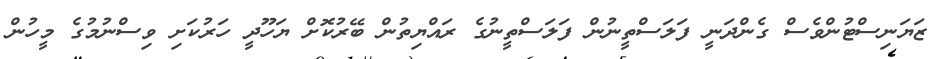
ޒަޔަނިސްޓުންވެސް ގެންދަނީ ފަލަސްތީނުން ފަލަސްތީނުގެ ރައްޔިތުން ބޭރުކޮށް ޔަހޫދީ ހަރުކަށި ވިސްނުމުގެ މީހުން